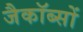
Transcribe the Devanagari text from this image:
जैकॉब्सों